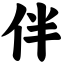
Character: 伴